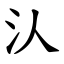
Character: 汄